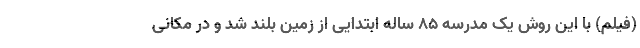
(فیلم) با این روش یک مدرسه ۸۵ ساله ابتدایی از زمین بلند شد و در مکانی